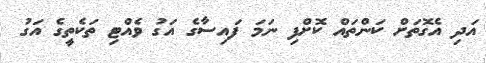
އަދި އެގޮތަށް ކަންތައް ކޮށްފި ނަމަ ފައިސާގެ އަގު ވެއްޓި ތަކެތީގެ އަގު